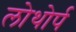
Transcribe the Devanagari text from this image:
लोथोर्प